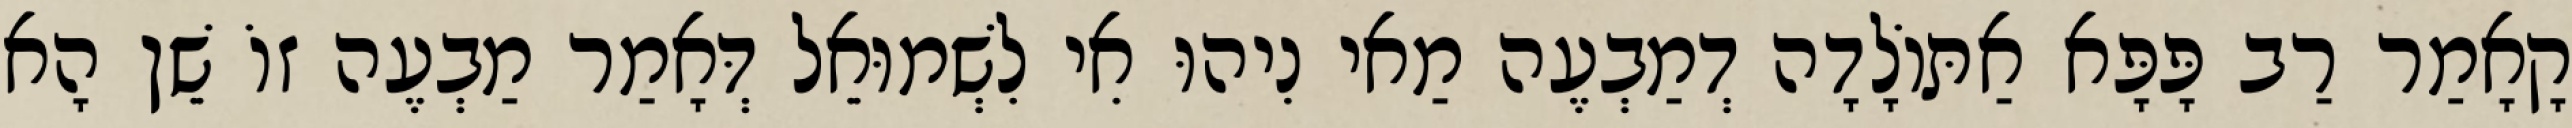
קָאָמַר רַב פָּפָּא אַתּוֹלָדָה דְמַבְעֶה מַאי נִיהוּ אִי לִשְׁמוּאֵל דְּאָמַר מַבְעֶה זוֹ שֵׁן הָא